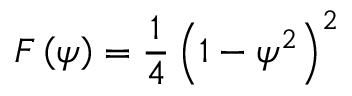
F \left( \psi \right) = \frac { 1 } { 4 } \left( 1 - \psi ^ { 2 } \right) ^ { 2 }